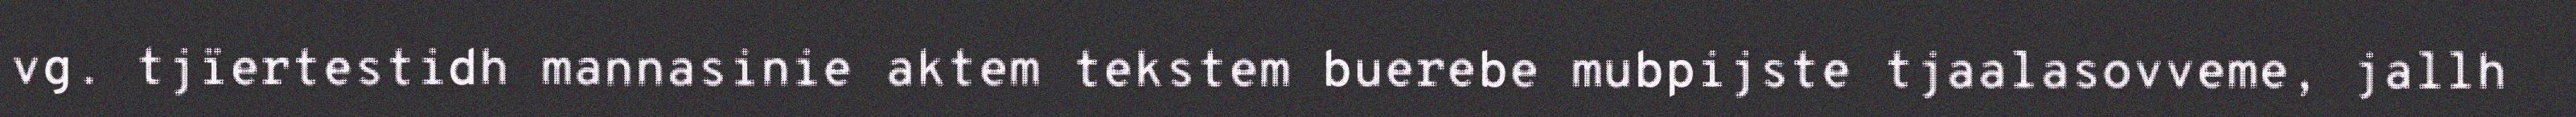
vg. tjïertestidh mannasinie aktem tekstem buerebe mubpijste tjaalasovveme, jallh